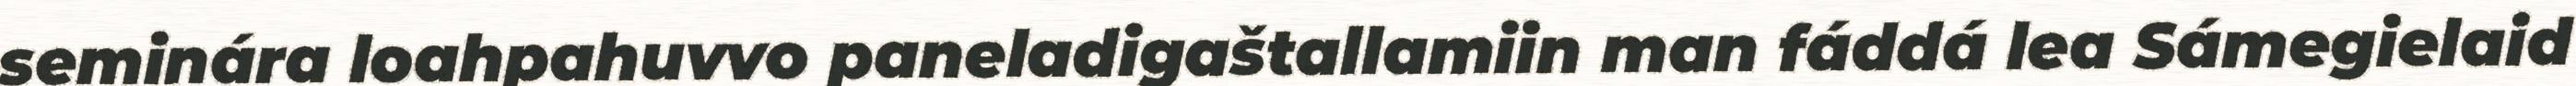
seminára loahpahuvvo paneladigaštallamiin man fáddá lea Sámegielaid